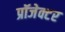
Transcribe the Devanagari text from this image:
प्रॉजेक्टर